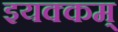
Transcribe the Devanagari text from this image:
इयक्कम्